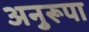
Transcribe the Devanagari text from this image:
अनुरूपा